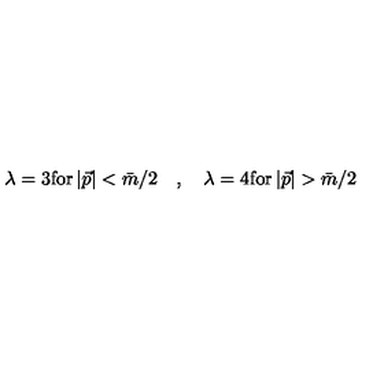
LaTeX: \lambda = 3 \mathrm { f o r } \left| \vec { p } \right| < \bar { m } / 2 \quad , \quad \lambda = 4 \mathrm { f o r } \left| \vec { p } \right| > \bar { m } / 2